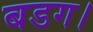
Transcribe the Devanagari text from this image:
बडग।